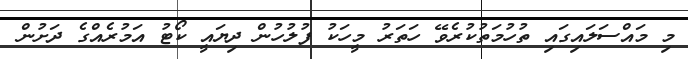
މި މައްސަލައިގައި ތުހުމަތުކުރެވޭ ހަތަރު މީހަކު ފުލުހުން ދިޔައީ ކޯޓު އަމުރެއްގެ ދަށުން